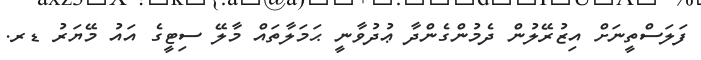
ފަލަސްތީނަށް އިޒުރޭލުން ދެމުންގެންދާ ޢުދުވާނީ ޙަމަލާތައް މާލޭ ސިޓީގެ އައު މޭޔަރު ޑރ.